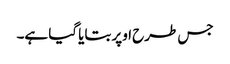
جس طرح اوپر بتایا گیا ہے۔